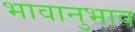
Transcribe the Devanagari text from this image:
भावानुभाव